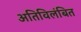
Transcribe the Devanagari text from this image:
अतिविलंबित